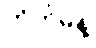
ကိတ်မုန့်